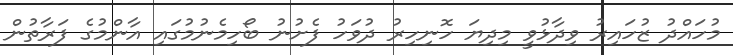
މުހައްދު ޒުހައިރު ވިދާޅުވީ މިދިޔަ ހޮނިހިރު ދުވަހު ފެށުނު ބޯހިމެނުމުގައި އާންމުގެ ފަރާތުން